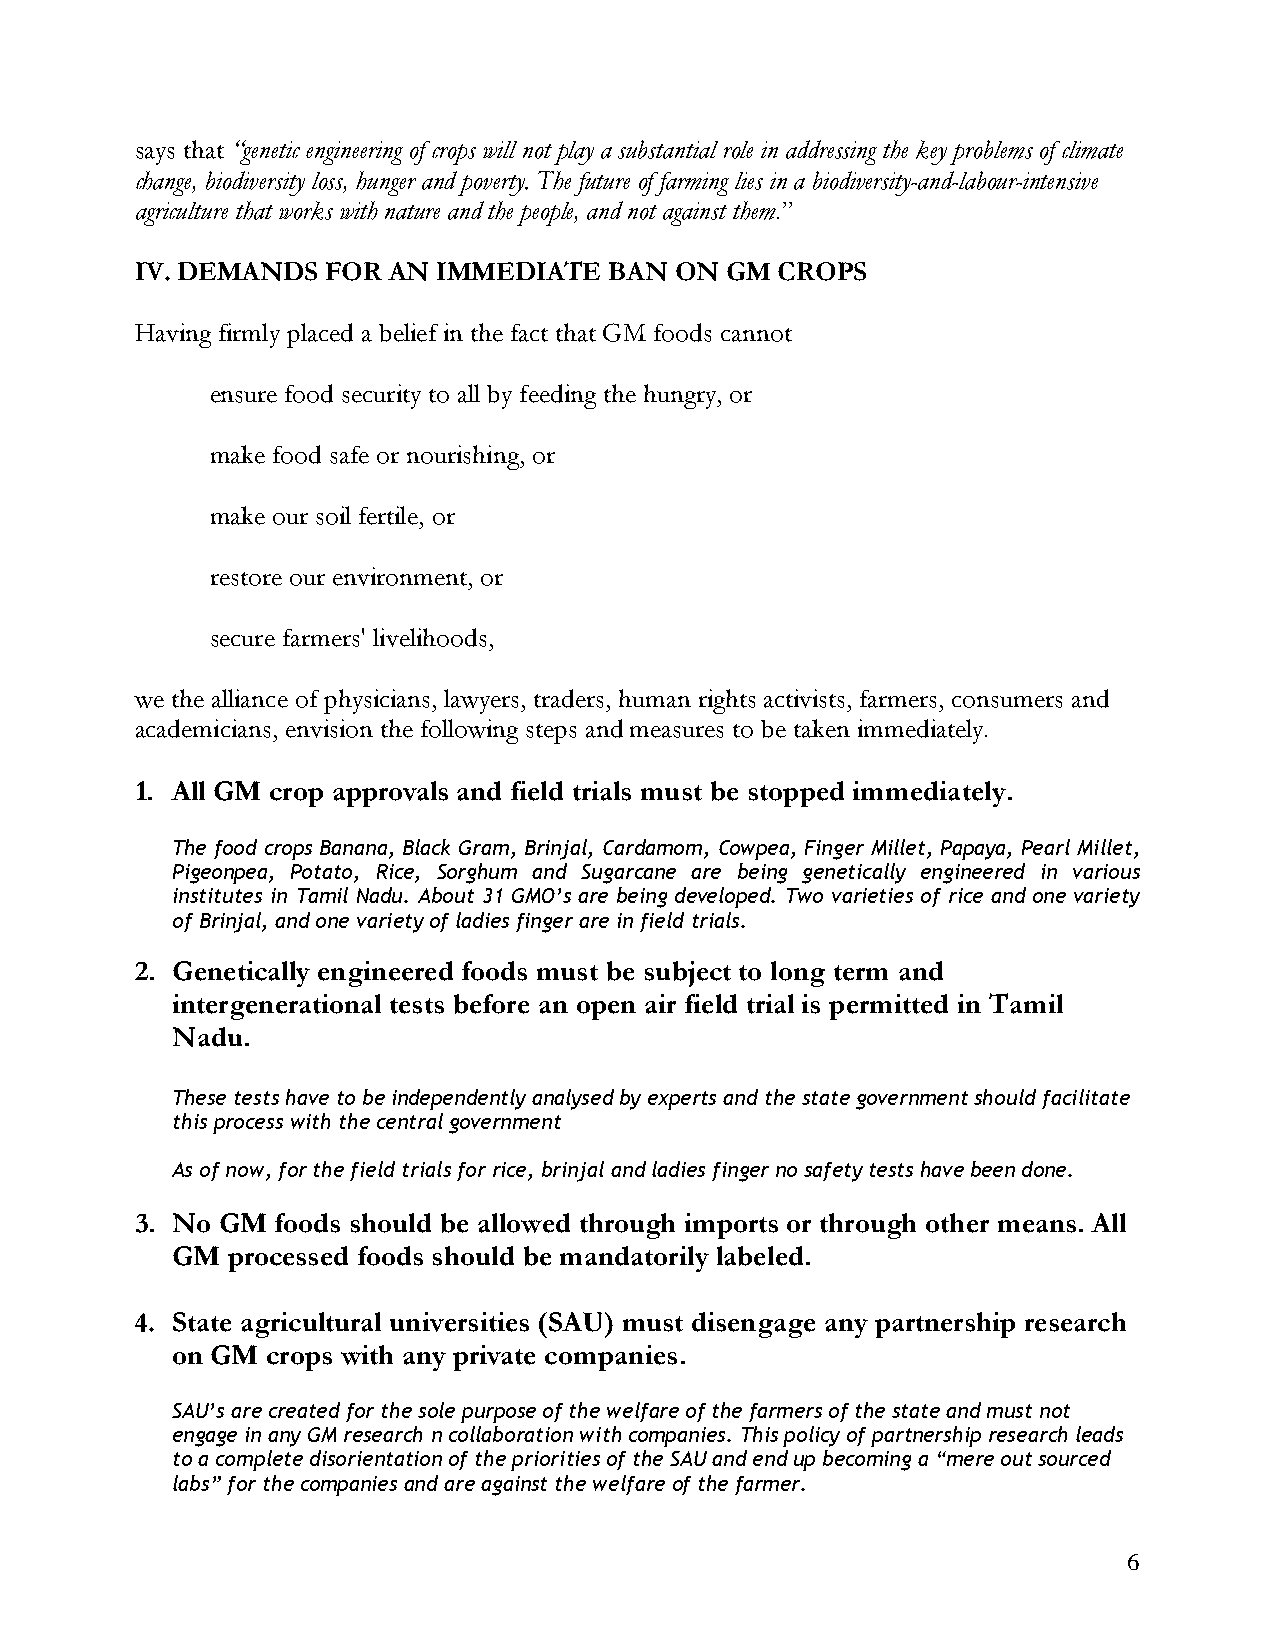
says that “genetic engineering of crops will not play a substantial role in addressing the key problems of climate
 change, biodiversity loss, hunger and poverty. The future of farming lies in a biodiversity-and-labour-intensive
 agriculture that works with nature and the people, and not against them.”
 IV. DEMANDS  FOR AN IMMEDIATE  BAN  ON GM  CROPS
 Having firmly placed a belief in the fact that GM foods cannot
 ensure food security to all by feeding the hungry, or
 make food safe or nourishing, or
 make our soil fertile, or
 restore our environment, or
 secure farmers' livelihoods,
 we the alliance of physicians, lawyers, traders, human rights activists, farmers, consumers and
 academicians, envision the following steps and measures to be taken immediately.
 1. All GM crop approvals and field trials must be stopped immediately.
 The food crops Banana, Black Gram, Brinjal, Cardamom, Cowpea, Finger Millet, Papaya, Pearl Millet,
 Pigeonpea, Potato, Rice, Sorghum and Sugarcane are being genetically engineered in various
 institutes in Tamil Nadu. About 31 GMO’s are being developed. Two varieties of rice and one variety
 of Brinjal, and one variety of ladies finger are in field trials.
 2. Genetically engineered foods must be subject to long term and
 intergenerational tests before an open air field trial is permitted in Tamil
 Nadu.
 These tests have to be independently analysed by experts and the state government should facilitate
 this process with the central government
 As of now, for the field trials for rice, brinjal and ladies finger no safety tests have been done.
 3. No GM foods should be allowed through imports or through other means. All
 GM  processed foods should be mandatorily labeled.
 4. State agricultural universities (SAU) must disengage any partnership research
 on GM  crops with any private companies.
 SAU’s are created for the sole purpose of the welfare of the farmers of the state and must not
 engage in any GM research n collaboration with companies. This policy of partnership research leads
 to a complete disorientation of the priorities of the SAU and end up becoming a “mere out sourced
 labs” for the companies and are against the welfare of the farmer.
 6